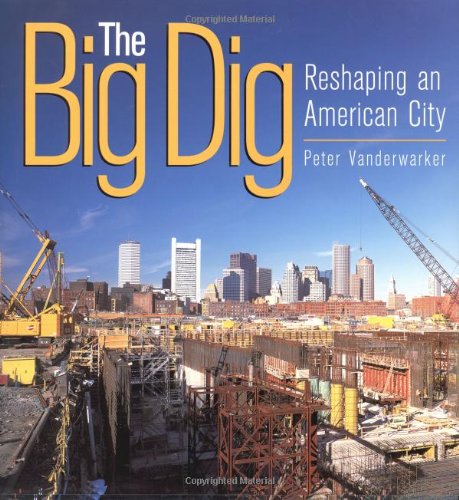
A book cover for The Big Dig: Reshaping an American City; Peter Vanderwarker; Children's Books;